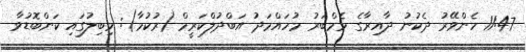
11:47 ހެންވޭރު ދެކުނު ދާއިރާގެ މެމްބަރު މުހައްމަދު އަބްދުލްކަރީމް (ރުކުމާ): މިބިލުގައި ކަންބޮޑުވާ